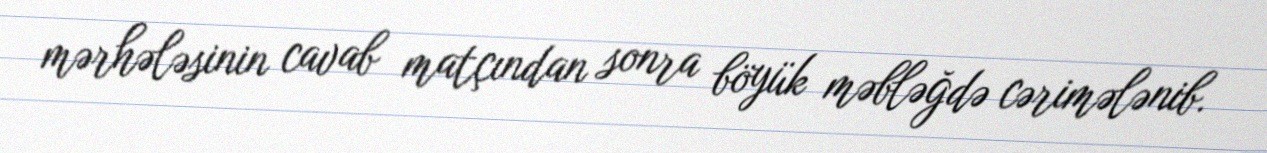
mərhələsinin cavab matçından sonra böyük məbləğdə cərimələnib.